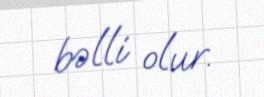
bəlli olur.